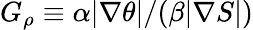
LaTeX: G_{\rho}\equiv\alpha|\nabla\theta|/(\beta|\nabla S|)